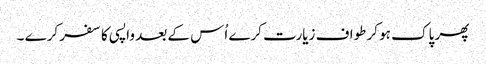
پھر پاک ہو کر طواف زیارت کرے اُس کے بعد واپسی کا سفر کرے ۔